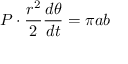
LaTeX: P \cdot { \frac { r ^ { 2 } } { 2 } } { \frac { d \theta } { d t } } = \pi a b